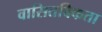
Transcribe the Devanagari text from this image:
वासितविकता